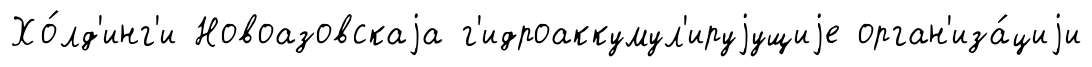
Хо́лд'инг'и Новоазовскаjа г'идроаккумул'ируjущиjе орган'иза́циjи